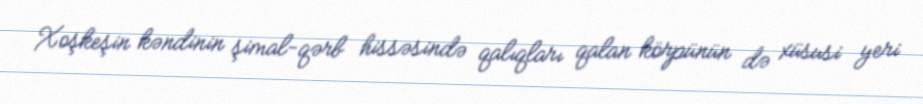
Xoşkeşin kəndinin şimal-qərb hissəsində qalıqları qalan körpünün də xüsusi yeri